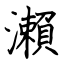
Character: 瀨